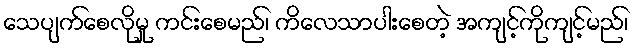
သေပျက်စေလိုမှု ကင်းစေမည်၊ ကိလေသာပါးစေတဲ့ အကျင့်ကိုကျင့်မည်၊